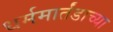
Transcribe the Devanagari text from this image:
धर्ममार्तंडाच्या